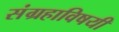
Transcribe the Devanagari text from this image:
संग्रहाविषयी